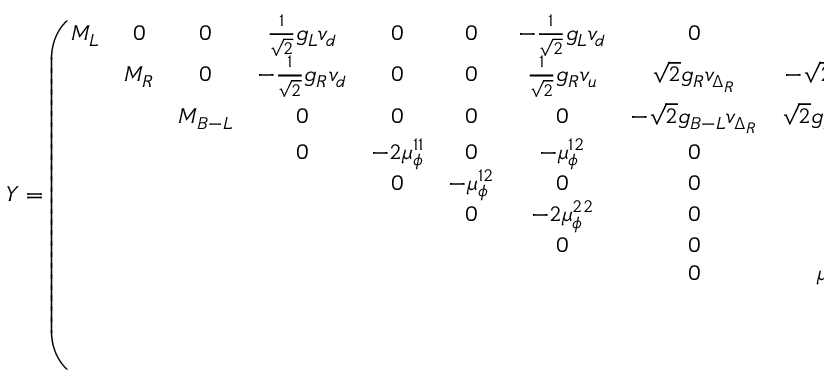
Y = \left( \begin{array} { c c c c c c c c c c c } { { M _ { L } } } & { { 0 } } & { { 0 } } & { { \frac 1 { \sqrt { 2 } } g _ { L } v _ { d } } } & { { 0 } } & { { 0 } } & { { - \frac 1 { \sqrt { 2 } } g _ { L } v _ { d } } } & { { 0 } } & { { 0 } } & { { \frac 1 { \sqrt { 2 } } g _ { L } \sigma _ { L } } } & { { 0 } } \\ { { } } & { { M _ { R } } } & { { 0 } } & { { - \frac 1 { \sqrt { 2 } } g _ { R } v _ { d } } } & { { 0 } } & { { 0 } } & { { \frac 1 { \sqrt { 2 } } g _ { R } v _ { u } } } & { { \sqrt { 2 } g _ { R } v _ { \Delta _ { R } } } } & { { - \sqrt { 2 } g _ { R } v _ { \delta _ { R } } } } & { { 0 } } & { { - \frac 1 { \sqrt { 2 } } g _ { R } \sigma _ { R } } } \\ { { } } & { { } } & { { M _ { B - L } } } & { { 0 } } & { { 0 } } & { { 0 } } & { { 0 } } & { { - \sqrt { 2 } g _ { B - L } v _ { \Delta _ { R } } } } & { { \sqrt { 2 } g _ { B - L } v _ { \delta _ { R } } } } & { { - \frac 1 { \sqrt { 2 } } g _ { B - L } \sigma _ { L } } } & { { \frac 1 { \sqrt { 2 } } g _ { B - L } \sigma _ { R } } } \\ { { } } & { { } } & { { } } & { { 0 } } & { { - 2 \mu _ { \phi } ^ { 1 1 } } } & { { 0 } } & { { - \mu _ { \phi } ^ { 1 2 } } } & { { 0 } } & { { 0 } } & { { 0 } } & { { 0 } } \\ { { } } & { { } } & { { } } & { { } } & { { 0 } } & { { - \mu _ { \phi } ^ { 1 2 } } } & { { 0 } } & { { 0 } } & { { 0 } } & { { \lambda _ { e } \sigma _ { R } } } & { { \lambda _ { e } \sigma _ { L } } } \\ { { } } & { { } } & { { } } & { { } } & { { } } & { { 0 } } & { { - 2 \mu _ { \phi } ^ { 2 2 } } } & { { 0 } } & { { 0 } } & { { 0 } } & { { 0 } } \\ { { } } & { { } } & { { } } & { { } } & { { } } & { { } } & { { 0 } } & { { 0 } } & { { 0 } } & { { \lambda _ { \nu } \sigma _ { R } } } & { { \lambda _ { \nu } \sigma _ { L } } } \\ { { } } & { { } } & { { } } & { { } } & { { } } & { { } } & { { } } & { { 0 } } & { { \mu _ { \Delta R } } } & { { 0 } } & { { - 2 f _ { R } \sigma _ { R } } } \\ { { } } & { { } } & { { } } & { { } } & { { } } & { { } } & { { } } & { { } } & { { 0 } } & { { 0 } } & { { 0 } } \\ { { } } & { { } } & { { } } & { { } } & { { } } & { { } } & { { } } & { { } } & { { } } & { { 0 } } & { { \lambda _ { \nu } v _ { u } } } \\ { { } } & { { } } & { { } } & { { } } & { { } } & { { } } & { { } } & { { } } & { { } } & { { } } & { { - 2 f _ { R } v _ { \Delta _ { R } } } } \end{array} \right) .